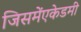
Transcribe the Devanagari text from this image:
जिसमेंएकेडमी